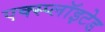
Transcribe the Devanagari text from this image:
एक्स्प्लाॅइटेड